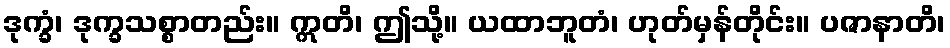
ဒုက္ခံ၊ ဒုက္ခသစ္စာတည်း။ ဣတိ၊ ဤသို့။ ယထာဘူတံ၊ ဟုတ်မှန်တိုင်း။ ပဇာနာတိ၊